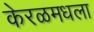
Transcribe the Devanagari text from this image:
केरळमधला